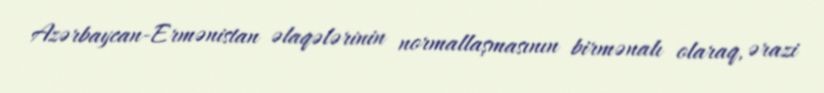
Azərbaycan-Ermənistan əlaqələrinin normallaşmasının birmənalı olaraq, ərazi